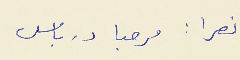
نصرا : مرحبا درباس